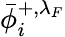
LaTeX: \bar{\phi}_{i}^{+,\lambda_{F}}